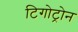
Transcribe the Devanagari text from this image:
टिगोट्रोन